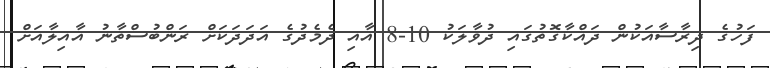
ފަހުގެ ދިރާސާއަކުން ދައްކާގޮތުގައި ދުވާލަކު 10-8 އާއި ދެމެދުގެ އަދަދަކަށް ރަންބުސްތާނު އާއިލާއަށް